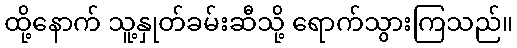
ထို့နောက် သူ့နှုတ်ခမ်းဆီသို့ ရောက်သွားကြသည်။